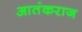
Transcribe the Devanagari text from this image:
आतंकराज